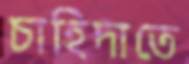
চাহিদাতে